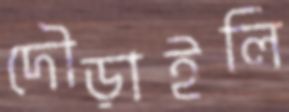
দৌড়াইলি